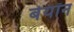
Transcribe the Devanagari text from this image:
बेयॉन